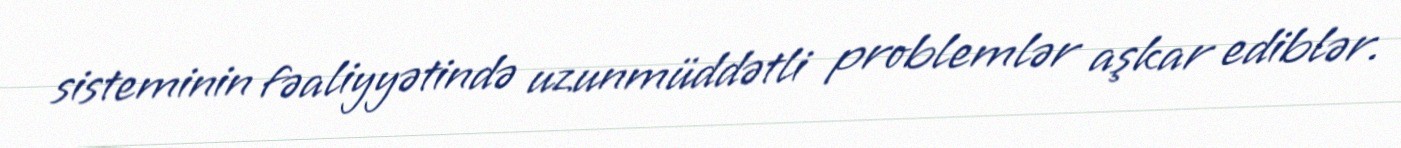
sisteminin fəaliyyətində uzunmüddətli problemlər aşkar ediblər.